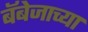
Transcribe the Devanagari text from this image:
बॅबेजाच्या